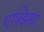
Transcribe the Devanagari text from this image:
एक्झिमा